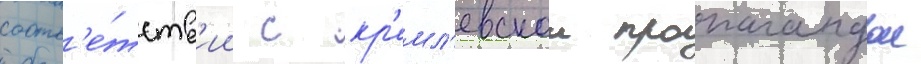
соотв'е́тств'ии с кр'емл'евскои пропагандои